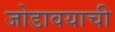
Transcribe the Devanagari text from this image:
जोडावयाची